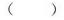
()